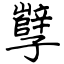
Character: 孼